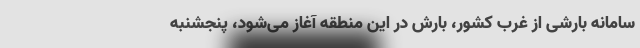
سامانه بارشی از غرب کشور، بارش در این منطقه آغاز می‌شود، پنجشنبه